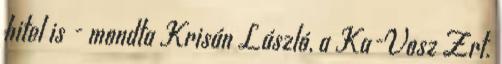
hitel is - mondta Krisán László, a Ka-Vosz Zrt.